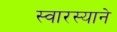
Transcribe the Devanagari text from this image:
स्वारस्याने